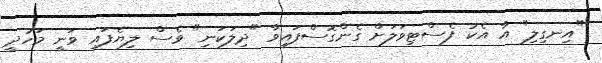
"އިނގިލި" އާ އެކު ފެސްޓިވަލަށް ގެންގޮސްފައިވާ "ދިލަކަނި" ވެސް ލިޔެފައި ވަނީ މަހުދީ